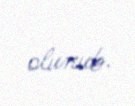
olunub.